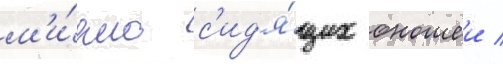
м'и́рно с'ид'я́щих юношеи /